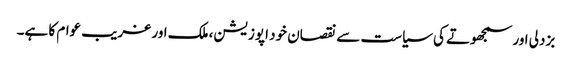
بزدلی اور سمجھوتے کی سیاست سے نقصان خود اپوزیشن، ملک اور غریب عوام کا ہے۔